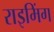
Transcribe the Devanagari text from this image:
राइमिंग